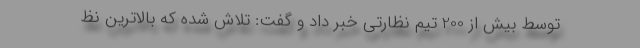
توسط بیش از 200 تیم نظارتی خبر داد و گفت: تلاش شده که بالاترین نظ